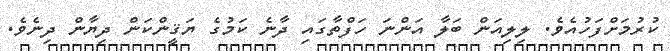
ކުރުމަށްފަހުއެވެ. ލިލިއަން ބަލާ އަންނަ ހަފްތާގައި ދާނެ ކަމުގެ ޔަޤީންކަން ދިޔާން ދިނެވެ.